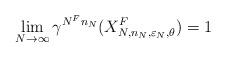
LaTeX: \begin{align*}\lim_{N \to \infty} \gamma^{N^F n_N} (X^F_{N,n_N,\varepsilon_{N}, \theta})=1\end{align*}